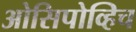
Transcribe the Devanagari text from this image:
ओसिपोव्हिच